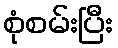
စုံစမ်းပြီး